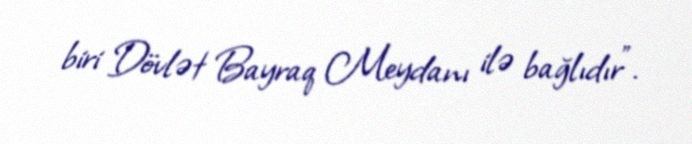
biri Dövlət Bayraq Meydanı ilə bağlıdır”.